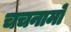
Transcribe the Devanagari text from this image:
चचनामो